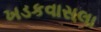
ખડકવાસલા